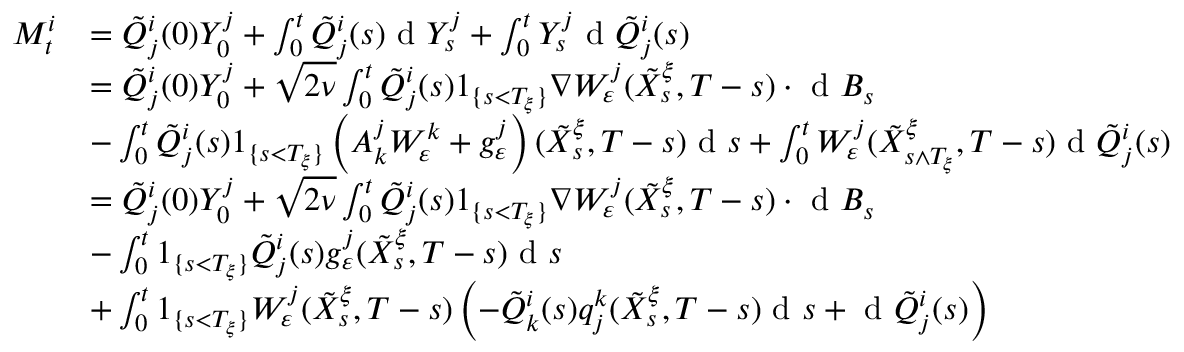
\begin{array} { r l } { M _ { t } ^ { i } } & { = \tilde { Q } _ { j } ^ { i } ( 0 ) Y _ { 0 } ^ { j } + \int _ { 0 } ^ { t } \tilde { Q } _ { j } ^ { i } ( s ) \textrm { d } Y _ { s } ^ { j } + \int _ { 0 } ^ { t } Y _ { s } ^ { j } \textrm { d } \tilde { Q } _ { j } ^ { i } ( s ) } \\ & { = \tilde { Q } _ { j } ^ { i } ( 0 ) Y _ { 0 } ^ { j } + \sqrt { 2 \nu } \int _ { 0 } ^ { t } \tilde { Q } _ { j } ^ { i } ( s ) 1 _ { \{ s < T _ { \xi } \} } \nabla W _ { \varepsilon } ^ { j } ( \tilde { X } _ { s } ^ { \xi } , T - s ) \cdot \textrm { d } B _ { s } } \\ & { - \int _ { 0 } ^ { t } \tilde { Q } _ { j } ^ { i } ( s ) 1 _ { \{ s < T _ { \xi } \} } \left( A _ { k } ^ { j } W _ { \varepsilon } ^ { k } + g _ { \varepsilon } ^ { j } \right) ( \tilde { X } _ { s } ^ { \xi } , T - s ) \textrm { d } s + \int _ { 0 } ^ { t } W _ { \varepsilon } ^ { j } ( \tilde { X } _ { s \wedge T _ { \xi } } ^ { \xi } , T - s ) \textrm { d } \tilde { Q } _ { j } ^ { i } ( s ) } \\ & { = \tilde { Q } _ { j } ^ { i } ( 0 ) Y _ { 0 } ^ { j } + \sqrt { 2 \nu } \int _ { 0 } ^ { t } \tilde { Q } _ { j } ^ { i } ( s ) 1 _ { \{ s < T _ { \xi } \} } \nabla W _ { \varepsilon } ^ { j } ( \tilde { X } _ { s } ^ { \xi } , T - s ) \cdot \textrm { d } B _ { s } } \\ & { - \int _ { 0 } ^ { t } 1 _ { \{ s < T _ { \xi } \} } \tilde { Q } _ { j } ^ { i } ( s ) g _ { \varepsilon } ^ { j } ( \tilde { X } _ { s } ^ { \xi } , T - s ) \textrm { d } s } \\ & { + \int _ { 0 } ^ { t } 1 _ { \{ s < T _ { \xi } \} } W _ { \varepsilon } ^ { j } ( \tilde { X } _ { s } ^ { \xi } , T - s ) \left( - \tilde { Q } _ { k } ^ { i } ( s ) q _ { j } ^ { k } ( \tilde { X } _ { s } ^ { \xi } , T - s ) \textrm { d } s + \textrm { d } \tilde { Q } _ { j } ^ { i } ( s ) \right) } \end{array}